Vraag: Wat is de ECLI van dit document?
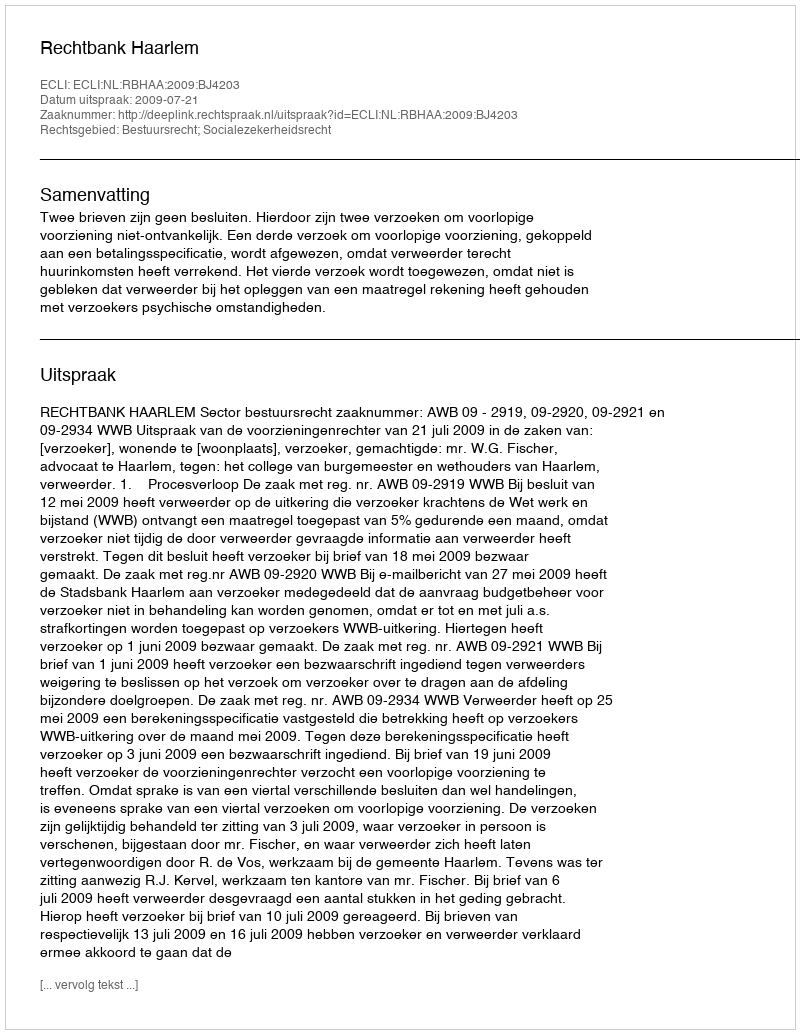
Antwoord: ECLI:NL:RBHAA:2009:BJ4203